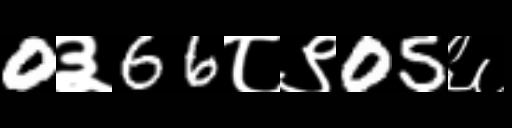
Text: 0३66८९05६